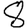
Digit: 8